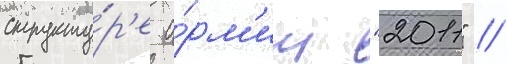
структу́р'е а́рм'ии "2011" //